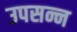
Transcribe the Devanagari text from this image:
उपसन्न